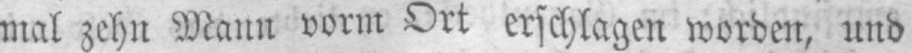
mal zehn Mann vorm Ort erschlagen worden, und